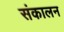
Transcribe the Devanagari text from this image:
संकालन